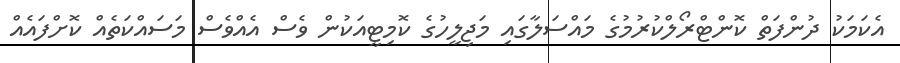
އެކަމަކު ދުންފަތް ކޮންޓްރޯލްކުރުމުގެ މައްސަލާގައި މަޖިލީހުގެ ކޮމިޓީއަކުން ވެސް އެއްވެސް މަސައްކަތެއް ކޮށްފައެއް